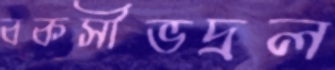
বকসীভদ্রল